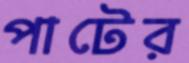
পাটের